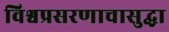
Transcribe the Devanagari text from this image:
विश्वप्रसरणाचासुद्धा